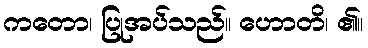
ကတော၊ ပြုအပ်သည်။ ဟောတိ၊ ၏။